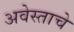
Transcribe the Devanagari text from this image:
अवेस्ताचे